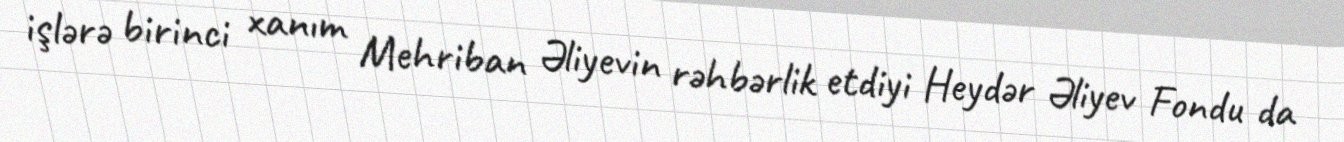
işlərə birinci xanım Mehriban Əliyevin rəhbərlik etdiyi Heydər Əliyev Fondu da